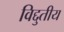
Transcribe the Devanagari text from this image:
विद्दुतीय